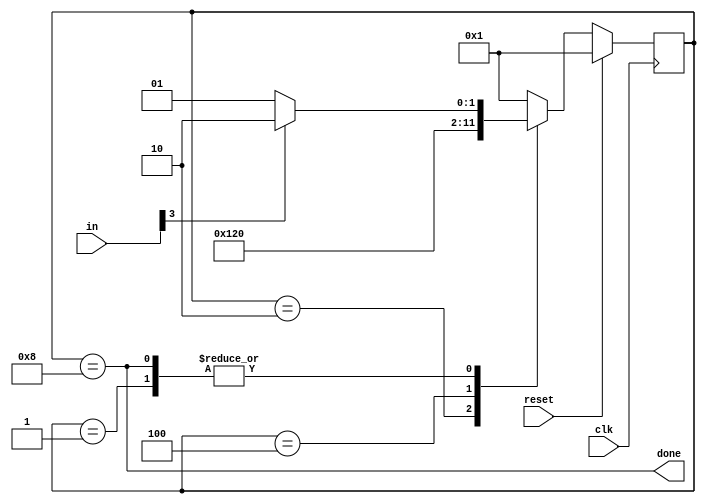
// +FHDR----------------------------------------------------------------------------
// 
//                
// ---------------------------------------------------------------------------------
// Filename      : PS2_packet_parser
// ---------------------------------------------------------------------------------
// Description   : HDLbits PS/2
//
//
// -FHDR----------------------------------------------------------------------------

module top_module(
    input clk,
    input [7:0] in,
    input reset,    // Synchronous reset
    output done); //
    
    parameter   BYTE1 = 4'b0001,
                BYTE2 = 4'b0010,
                BYTE3 = 4'b0100,
                DONE  = 4'b1000;
    reg [3:0] state,next_state;

    // State transition logic (combinational)
    always @(*) begin
        case(state)
            BYTE1:
            //next_state=in[3]?BYTE2:BYTE2;
                if(in[3])
                    next_state=BYTE2;
                else
                    next_state=BYTE1;
            BYTE2:
                    next_state=BYTE3;
            BYTE3:
                    next_state=DONE;
            DONE:
                if(in[3])
                    next_state=BYTE2;
                else
                    next_state=BYTE1;
            default:
                    next_state=BYTE1;
        endcase
    end

    // State flip-flops (sequential)
    always @(posedge clk) begin
        if(reset)  state<=BYTE1;
        else       state<=next_state;
    end
    
    // Output logic
    assign done = (state==DONE);

endmodule